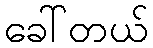
ခေါ်တယ်